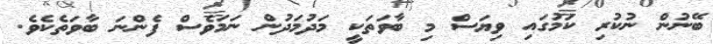
ބޭނުން ނުކުރި ކަމުގައި ވިޔަސް މި ބާވަތަކީ މަދުމަދުން ނަމަވެސް ފެންނަ ބާވަތެކެވެ.